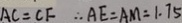
A C = C F \therefore A E = A M = 1 . 7 5